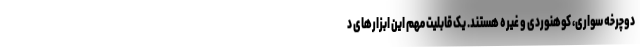
دوچرخه سواری، کوهنوردی و غیره هستند. یک قابلیت مهم این ابزارهای د